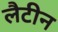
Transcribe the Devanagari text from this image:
लैटीन